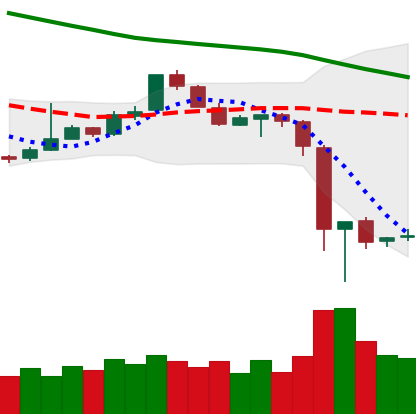
Ticker: EOS-USD
Chart end date: 2018-11-18
Forward return: -21.515%
Label: down_7plus